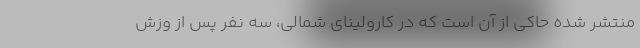
منتشر شده حاکی از آن است که در کارولینای شمالی، سه نفر پس از وزش